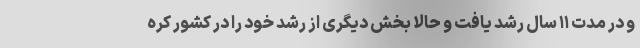
و در مدت ۱۱ سال رشد یافت و حالا بخش دیگری از رشد خود را در کشور کره